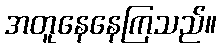
အတူနေနေကြသည်။